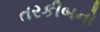
તરકીબનો